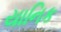
યાનિક